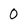
Character: 0